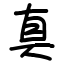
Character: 真